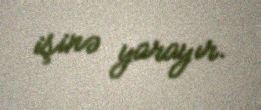
işinə yarayır.